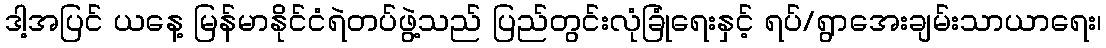
ဒါ့အပြင် ယနေ့ မြန်မာနိုင်ငံရဲတပ်ဖွဲ့သည် ပြည်တွင်းလုံခြုံရေးနှင့် ရပ်/ရွာအေးချမ်းသာယာရေး၊